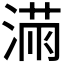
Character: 𱧼